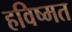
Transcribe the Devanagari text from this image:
हविष्मत